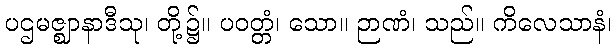
ပဌမဇ္ဈာနာဒီသု၊ တို့၌။ ပဝတ္တံ၊ သော။ ဉာဏံ၊ သည်။ ကိလေသာနံ၊